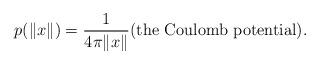
LaTeX: \begin{align*}p(\|x\|) = \frac{1}{4\pi \|x\|} \mbox{(the Coulomb potential).}\end{align*}